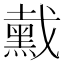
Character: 䵧